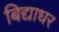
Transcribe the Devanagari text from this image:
बिद्याधर